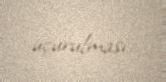
uçurulması.